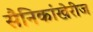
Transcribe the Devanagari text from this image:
सैनिकांखेरीज